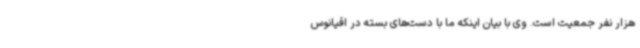
هزار نفر جمعیت است. وی با بیان اینکه ما با دست‌های بسته در اقیانوس